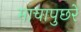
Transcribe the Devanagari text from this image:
माचापुछरे